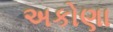
અકોણા